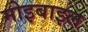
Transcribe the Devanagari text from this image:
मोइबाइल